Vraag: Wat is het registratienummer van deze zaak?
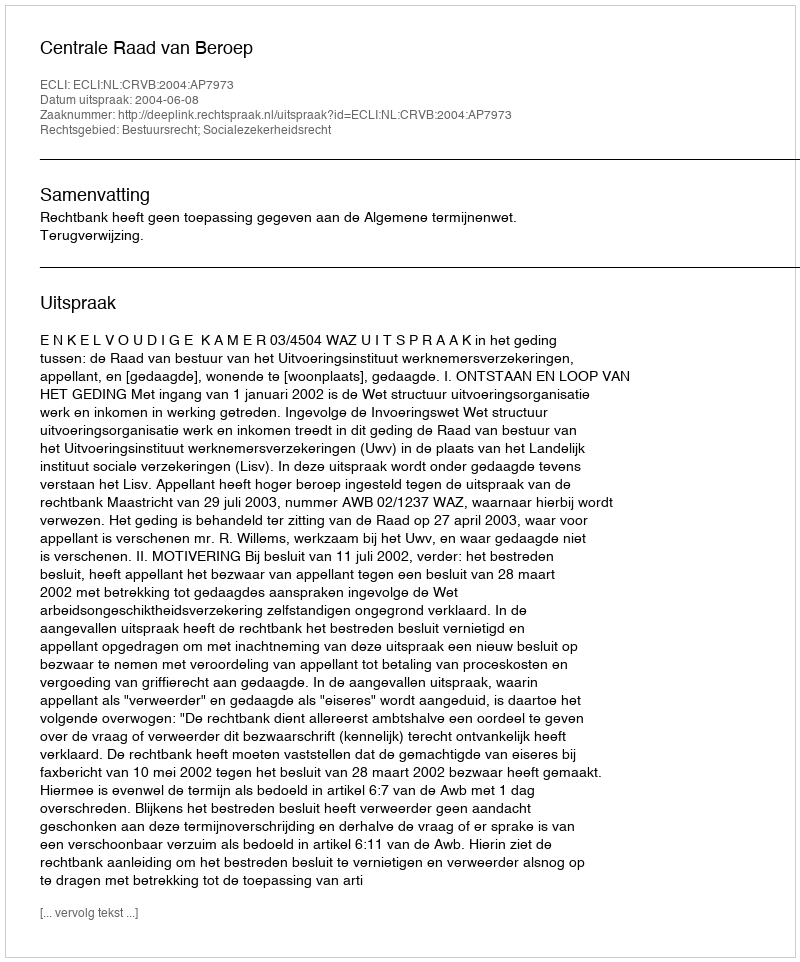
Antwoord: http://deeplink.rechtspraak.nl/uitspraak?id=ECLI:NL:CRVB:2004:AP7973